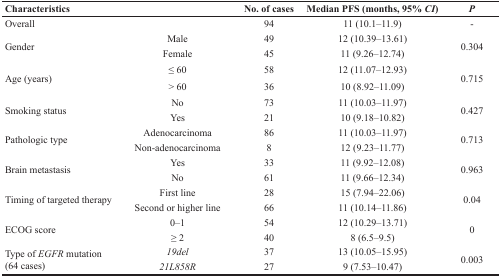
<table><thead><tr><td><b>Characteristics</b></td><td></td><td><b>No. of cases</b></td><td><b>Median PFS (months, 95% <i>CI</i>)</b></td><td><b><i>P</i></b></td></tr></thead><tbody><tr><td>Overall</td><td></td><td>94</td><td>11 (10.1–11.9)</td><td>-</td></tr><tr><td rowspan="2">Gender</td><td>Male</td><td>49</td><td>12 (10.39–13.61)</td><td rowspan="2">0.304</td></tr><tr><td>Female</td><td>45</td><td>11 (9.26–12.74)</td></tr><tr><td rowspan="2">Age (years)</td><td>≤ 60</td><td>58</td><td>12 (11.07–12.93)</td><td rowspan="2">0.715</td></tr><tr><td>&gt; 60</td><td>36</td><td>10 (8.92–11.09)</td></tr><tr><td rowspan="2">Smoking status</td><td>No</td><td>73</td><td>11 (10.03–11.97)</td><td rowspan="2">0.427</td></tr><tr><td>Yes</td><td>21</td><td>10 (9.18–10.82)</td></tr><tr><td rowspan="2">Pathologic type</td><td>Adenocarcinoma</td><td>86</td><td>11 (10.03–11.97)</td><td rowspan="2">0.713</td></tr><tr><td>Non-adenocarcinoma</td><td>8</td><td>12 (9.23–11.77)</td></tr><tr><td rowspan="2">Brain metastasis</td><td>Yes</td><td>33</td><td>11 (9.92–12.08)</td><td rowspan="2">0.963</td></tr><tr><td>No</td><td>61</td><td>11 (9.66–12.34)</td></tr><tr><td rowspan="2">Timing of targeted therapy</td><td>First line</td><td>28</td><td>15 (7.94–22.06)</td><td rowspan="2">0.04</td></tr><tr><td>Second or higher line</td><td>66</td><td>11 (10.14–11.86)</td></tr><tr><td rowspan="2">ECOG score</td><td>0–1</td><td>54</td><td>12 (10.29–13.71)</td><td rowspan="2">0</td></tr><tr><td>≥ 2</td><td>40</td><td>8 (6.5–9.5)</td></tr><tr><td rowspan="2">Type of <i>EGFR</i> mutation (64 cases)</td><td><i>19del</i></td><td>37</td><td>13 (10.05–15.95)</td><td rowspan="2">0.003</td></tr><tr><td><i>21L858R</i></td><td>27</td><td>9 (7.53–10.47)</td></tr></tbody></table>